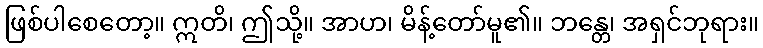
ဖြစ်ပါစေတော့။ ဣတိ၊ ဤသို့။ အာဟ၊ မိန့်တော်မူ၏။ ဘန္တေ၊ အရှင်ဘုရား။